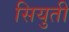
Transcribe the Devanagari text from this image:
सियुती